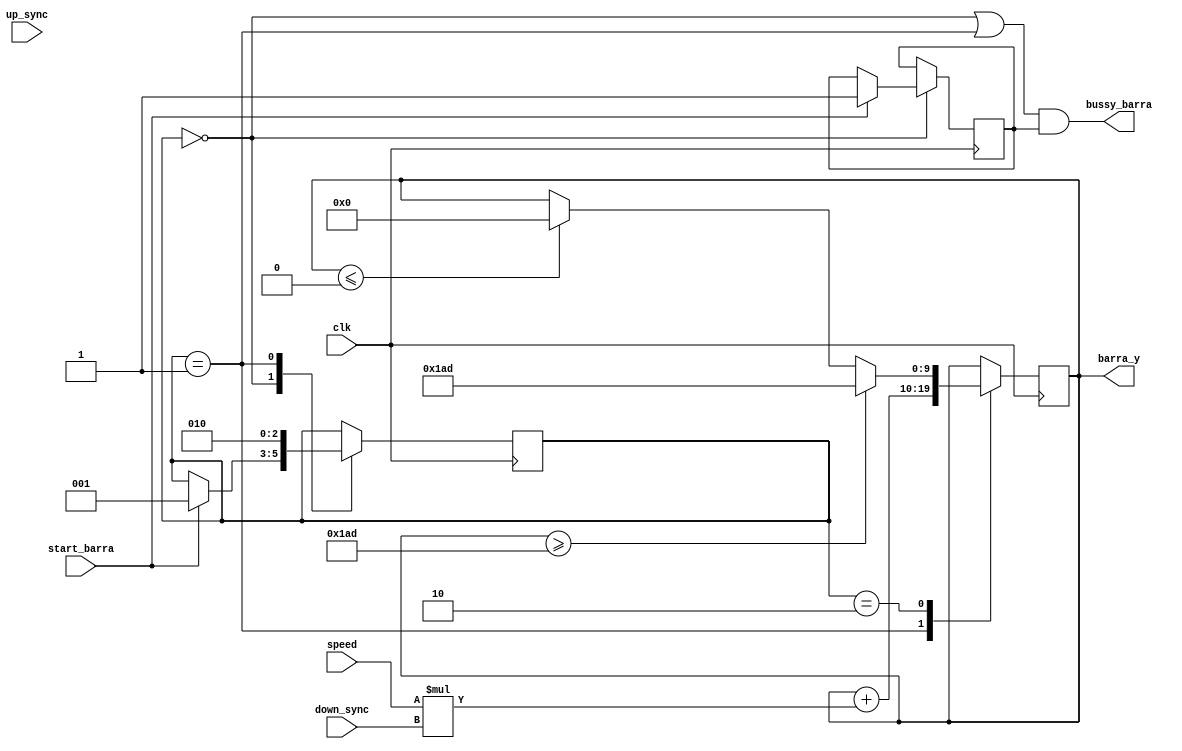
module fsm_barra(clk, start_barra, bussy_barra, barra_y, speed, up_sync, down_sync);
	
	
	//Definicion de las variables
	input clk, start_barra, up_sync, down_sync;
	input [4:0] speed;//Revisar esto
	output bussy_barra;
	output reg [9:0] barra_y;
	
	reg comenzar;
	reg [2:0]state;
	
	//Definimos los estados de la FSM
	parameter STATE_0 = 0;
	parameter STATE_1 = 1;
	parameter STATE_2 = 2;
	
	//Limite de la pantalla
	parameter LIMIT_MAX = 429;
	
	initial
		begin
			comenzar <= 0;
		end
	
	always@(posedge clk)
	begin
		case(state)//Se va recorriendo estado por estado
		
			STATE_0:
			begin
				if (start_barra)
				begin
					comenzar <= 1;
					state <= STATE_1;
				end
			end
			
			STATE_1:
			begin
				barra_y <= barra_y - speed*up_sync;
				barra_y <= barra_y + speed*down_sync;
				state <= STATE_2;
			end
			
			STATE_2:
			begin
				if (barra_y >= LIMIT_MAX)
					begin
						barra_y <= LIMIT_MAX;
					end
				else if(barra_y <= 0)
					begin
						barra_y <= 0;
					end
			end
		endcase
	end
	
	//Se definen los valores de salida
	assign bussy_barra = ((state == STATE_0)||(state == STATE_1))&&(comenzar == 1);

endmodule